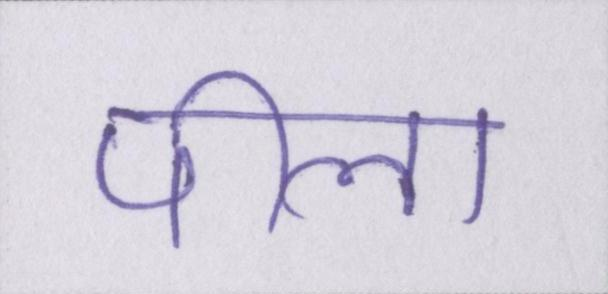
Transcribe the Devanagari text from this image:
पीला